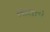
સાલતો